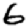
Digit: 6